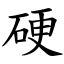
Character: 硬